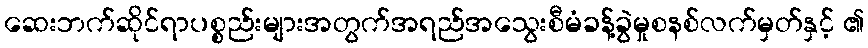
ဆေးဘက်ဆိုင်ရာပစ္စည်းများအတွက်အရည်အသွေးစီမံခန့်ခွဲမှုစနစ်လက်မှတ်နှင့် ၏